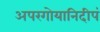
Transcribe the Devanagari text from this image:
अपरगोयानिदीपं